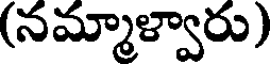
(నమ్మాళ్వారు)